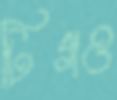
টিগও